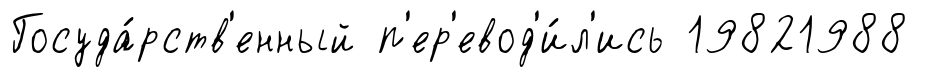
Госуда́рств'енный п'ер'евод'и́л'ись 19821988